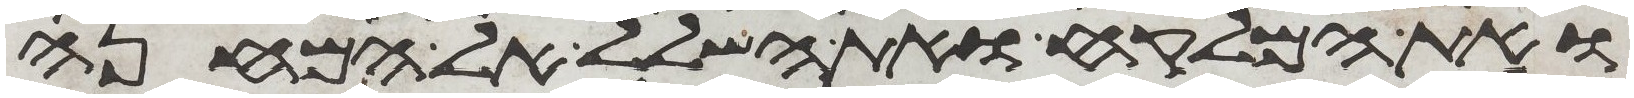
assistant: ואת המלקח ואת השלל אל המחנה